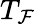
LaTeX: T_{\mathcal{F}}